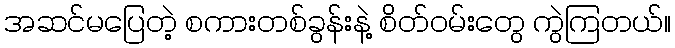
အဆင်မပြေတဲ့ စကားတစ်ခွန်းနဲ့ စိတ်ဝမ်းတွေ ကွဲကြတယ်။